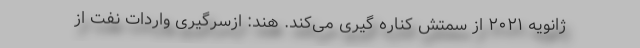
ژانویه ۲۰۲۱ از سمتش کناره گیری می‌کند. هند: ازسرگیری واردات نفت از